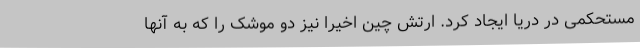
مستحکمی در دریا ایجاد کرد. ارتش چین اخیرا نیز دو موشک را که به آنها